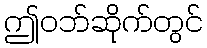
ဤဝဘ်ဆိုက်တွင်